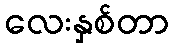
လေးနှစ်တာ